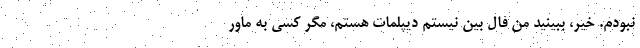
نبودم. خیر، ببینید من فال بین نیستم دیپلمات هستم، مگر کسی به ماور